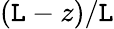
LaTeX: (\mathtt{L}-z)/\mathtt{L}